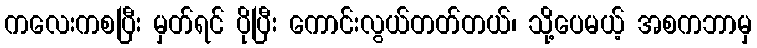
ကလေးကစပြီး မှတ်ရင် ပိုပြီး ကောင်းလွယ်တတ်တယ်၊ သို့ပေမယ့် အစကဘာမှ